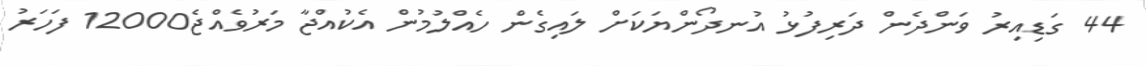
44 ގަޑިއިރު ވަންދެން ދަރިފުޅު އުނދޯންޔަކަށް ލައިގެން ހެއްލުމުން އެކުއްޖާ މަރުވެއްޖެ12000 ފަހަރު